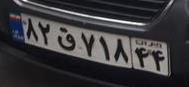
۸۲ق۷۱۸۴۴